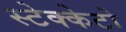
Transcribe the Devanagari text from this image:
स्टेक्केटो